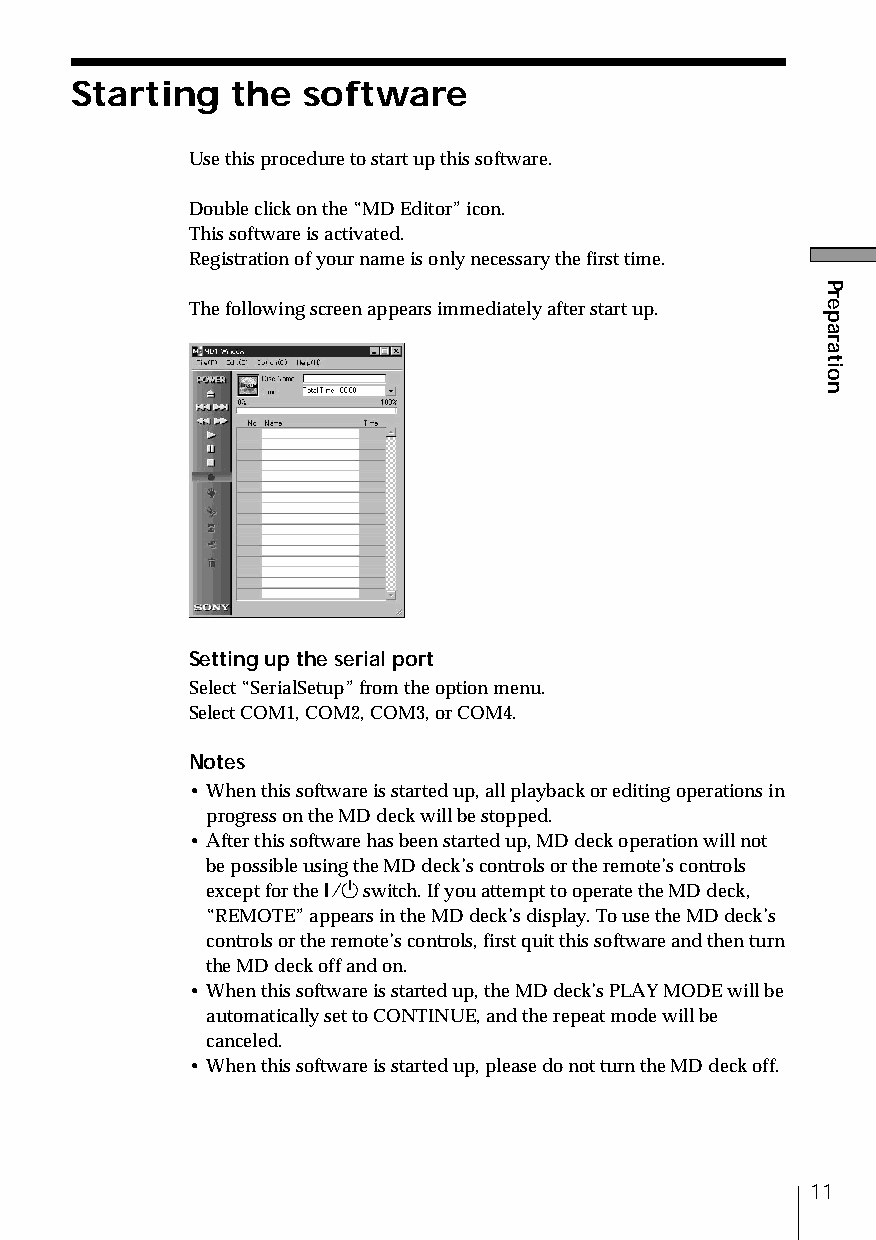
Starting  the  software
 Use this procedure to start up this software.
 Double click on the “MD Editor” icon.
 This software is activated.
 Registration of your name is only necessary the first time.
 The following screen appears immediately after start up.
 Setting up the serial port
 Select “SerialSetup” from the option menu.
 Select COM1, COM2, COM3, or COM4.
 Notes
 • When this software is started up, all playback or editing operations in
 progress on the MD deck will be stopped.
 • After this software has been started up, MD deck operation will not
 be possible using the MD deck’s controls or the remote’s controls
 except for the 1/u switch. If you attempt to operate the MD deck,
 “REMOTE” appears in the MD deck’s display. To use the MD deck’s
 controls or the remote’s controls, first quit this software and then turn
 the MD deck off and on.
 • When this software is started up, the MD deck’s PLAY MODE will be
 automatically set to CONTINUE, and the repeat mode will be
 canceled.
 • When this software is started up, please do not turn the MD deck off.
 11
 Preparation